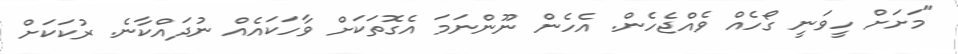
"މަށަށް ހީވަނީ ގޯހެއް ވެއްޖެހެން. އެހެން ނޫންނަމަ އެގޮތަކަށް ވާހަކައެއް ނުދައްކާނެ. ރުކަކަށް